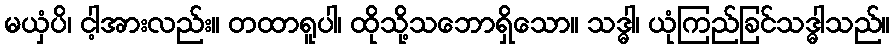
မယှံပိ၊ ငါ့အားလည်း။ တထာရူပါ၊ ထိုသို့သဘောရှိသော။ သဒ္ဓါ၊ ယုံကြည်ခြင်သဒ္ဓါသည်။